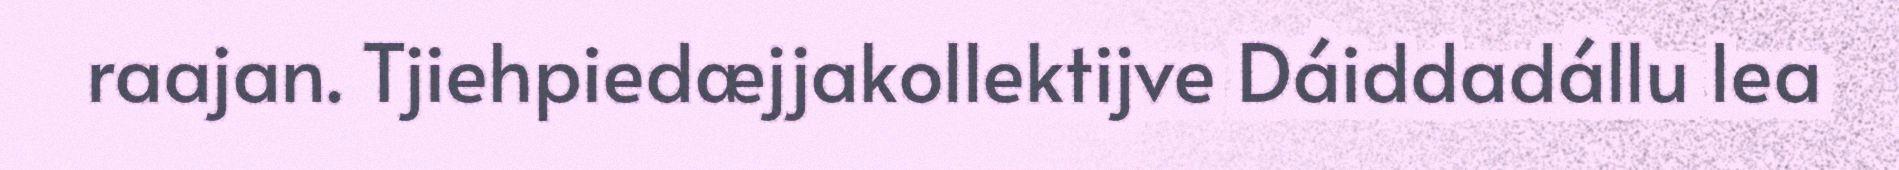
raajan. Tjiehpiedæjjakollektijve Dáiddadállu lea